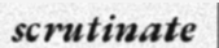
scrutinate